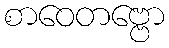
စာဝေတဗ္ဗော